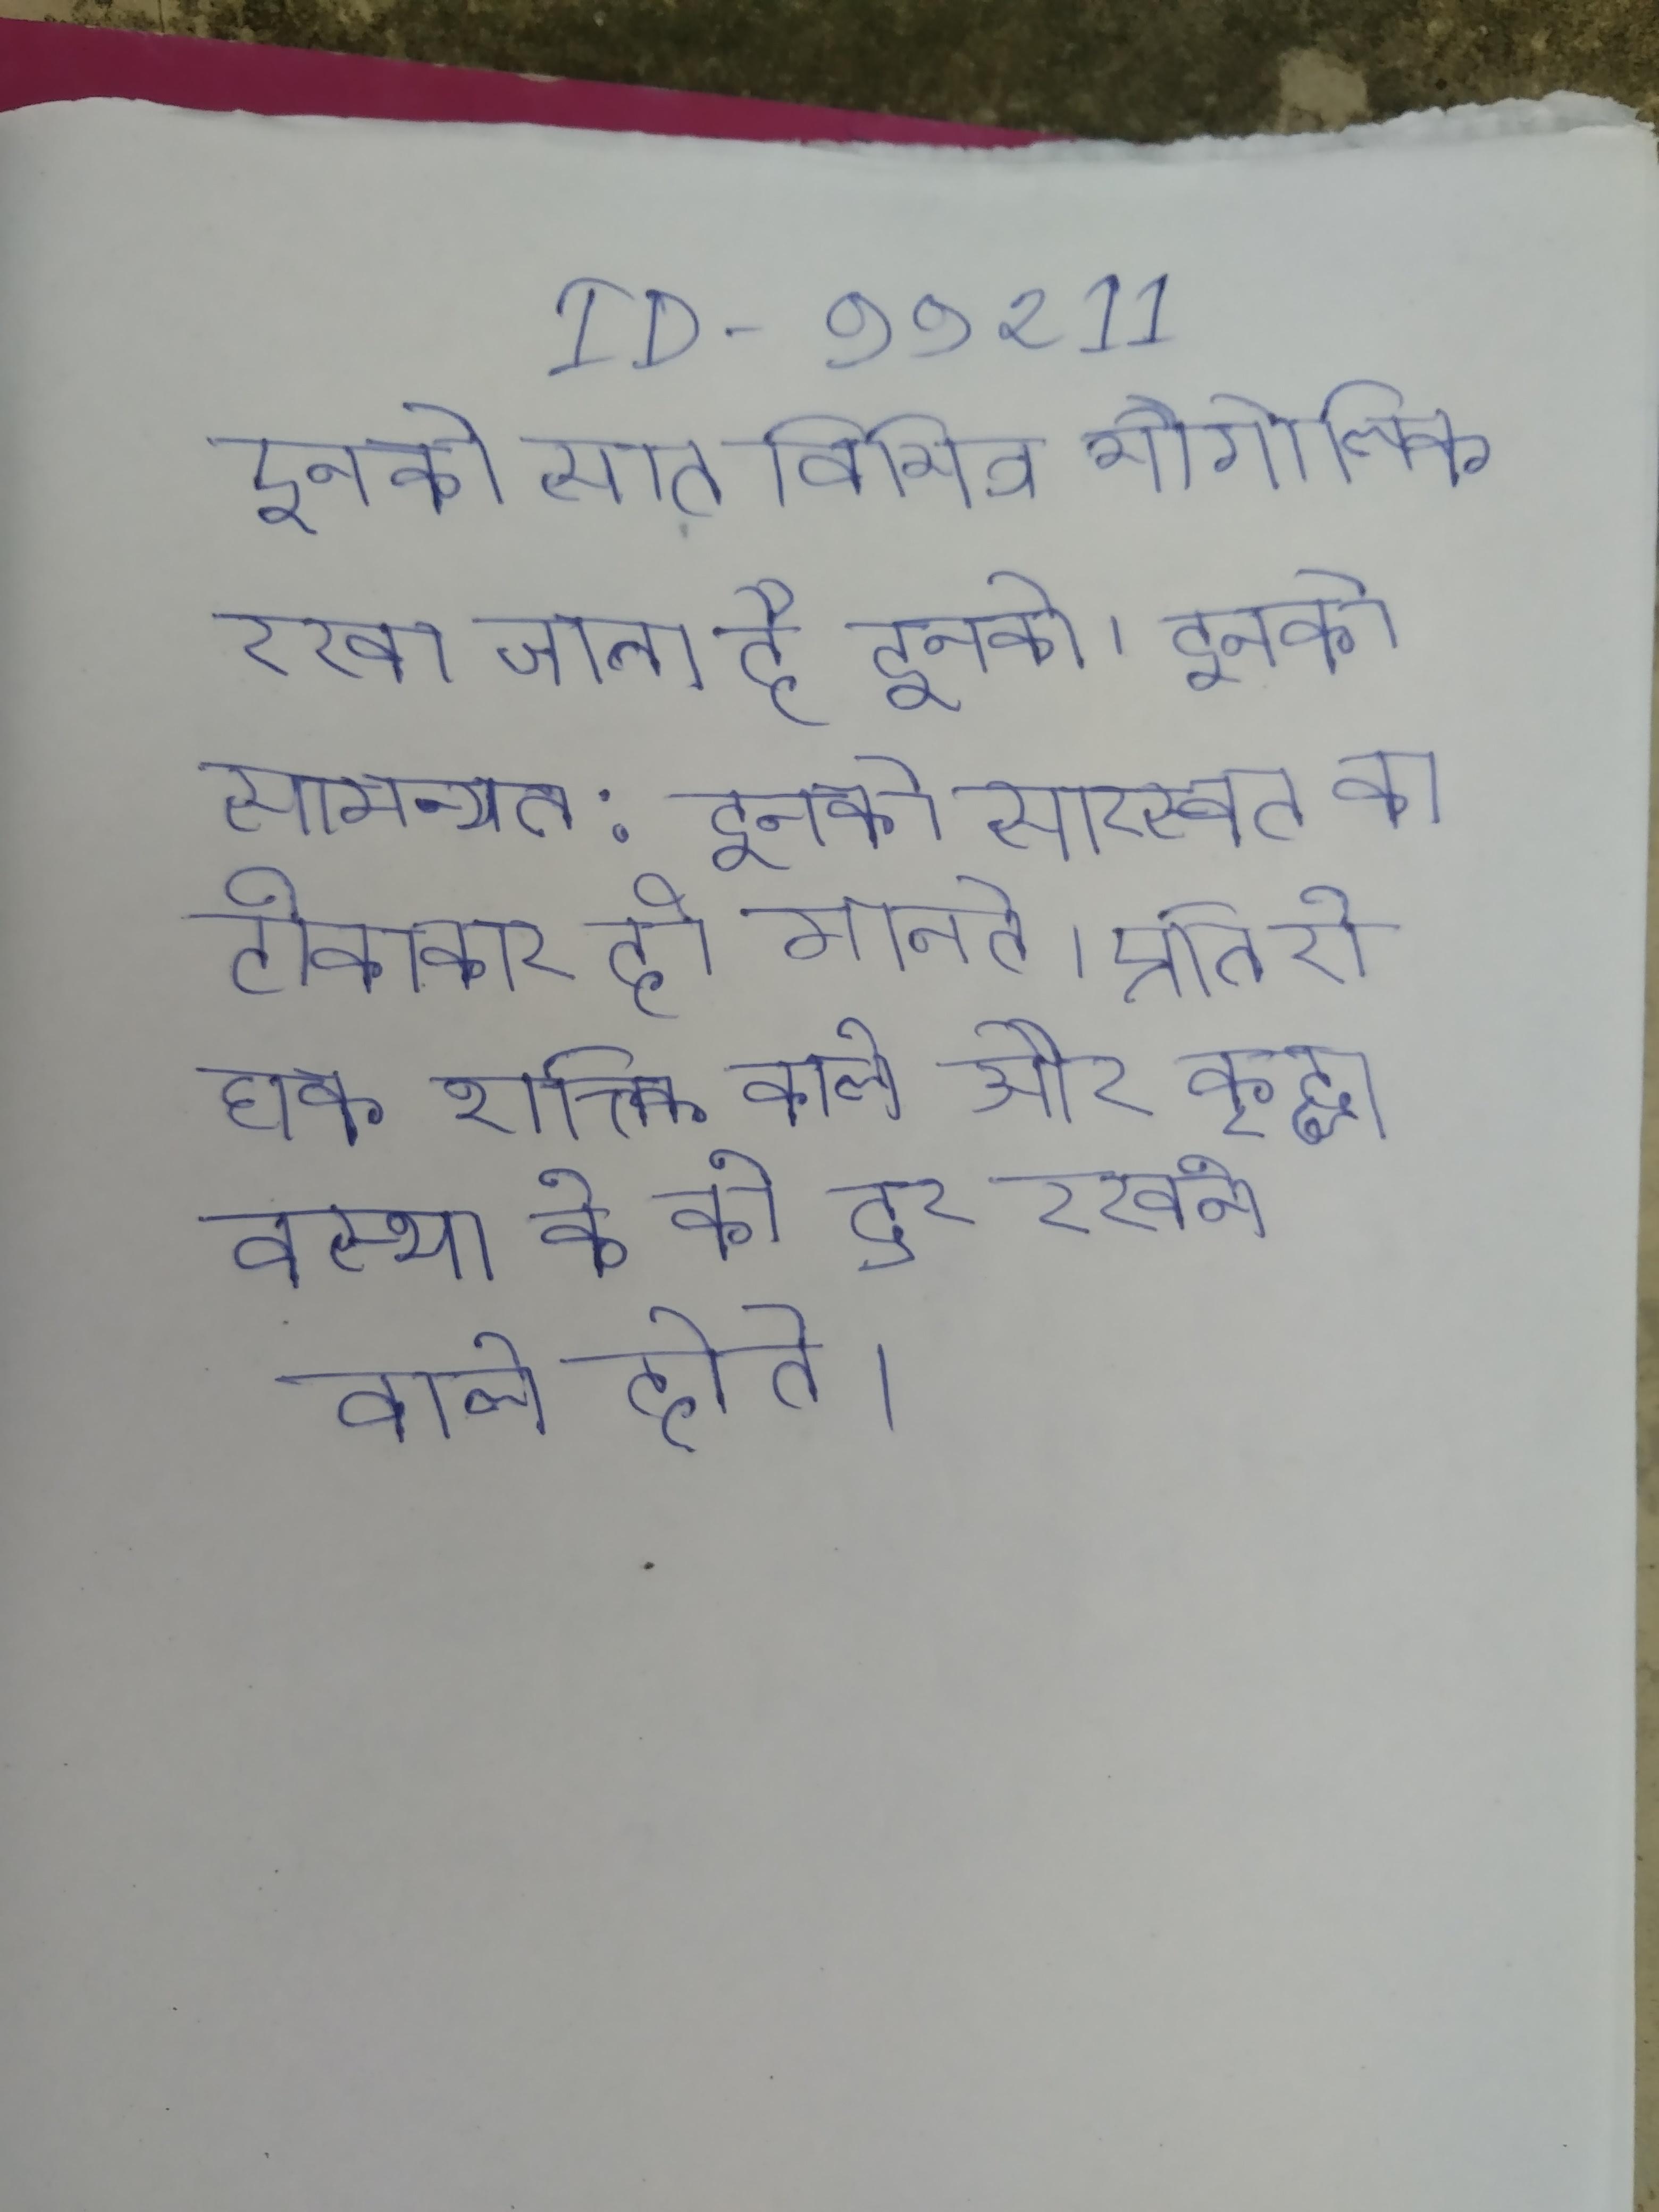
इनको सात विभिन्न भौगोलिक रखा जाता है इनको साधारण अम्ल कहते । इनको सामन्यत: (सी वालनट) या (कोम-जेली) कहते । इनको सारस्वत का टीकाकार ही मानते । इनको स्वस्थ और व्याधिरहित सामान्य अवस्था भी सेवन किया जा सकता है, रसायन गुण वाले पदार्थ, योग आदि शक्ति देने वाले, रोग प्रतिरोधक शक्ति वाले और वृद्धावस्था के को दूर रखने वाले होते ।